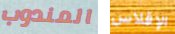
المندوب الإفلاس